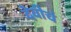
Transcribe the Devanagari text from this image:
देवीचं